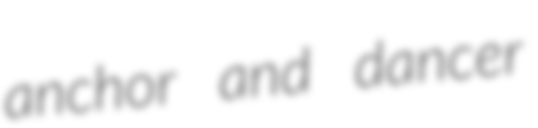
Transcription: anchor and dancer